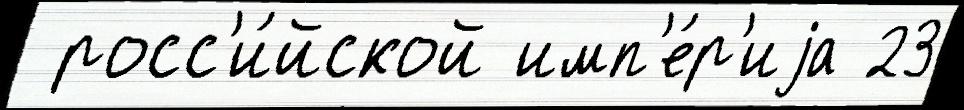
 росс'и́йской имп'е́р'иjа 23